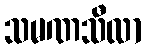
သမဏသီလာ